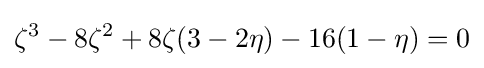
\zeta ^{3}-8\zeta ^{2}+8\zeta (3-2\eta )-16(1-\eta )=0